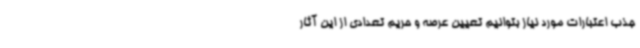
جذب اعتبارات مورد نیاز بتوانیم تعیین عرصه و حریم تعدادی از این آثار